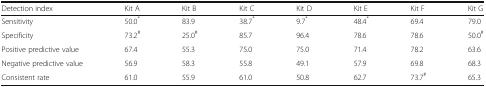
| Detection index | Kit A | Kit B | Kit C | Kit D | Kit E | Kit F | Kit G |
 | --- | --- | --- | --- | --- | --- | --- | --- |
 | Sensitivity | 50.0* | 83.9 | 38.7* | 9.7* | 48.4* | 69.4 | 79.0 |
 | Specificity | 73.2# | 25.0# | 85.7 | 96.4 | 78.6 | 78.6 | 50.0# |
 | Positive predictive value | 67.4 | 55.3 | 75.0 | 75.0 | 71.4 | 78.2 | 63.6 |
 | Negative predictive value | 56.9 | 58.3 | 55.8 | 49.1 | 57.9 | 69.8 | 68.3 |
 | Consistent rate | 61.0 | 55.9 | 61.0 | 50.8 | 62.7 | 73.7# | 65.3 |